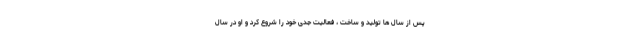
پس از سال ها تولید و ساخت ، فعالیت جدی خود را شروع کرد و او در سال